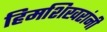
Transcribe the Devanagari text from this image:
हिमशिखरांनी